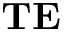
\mathbf { T E }